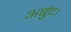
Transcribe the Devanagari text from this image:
अर्बुद।